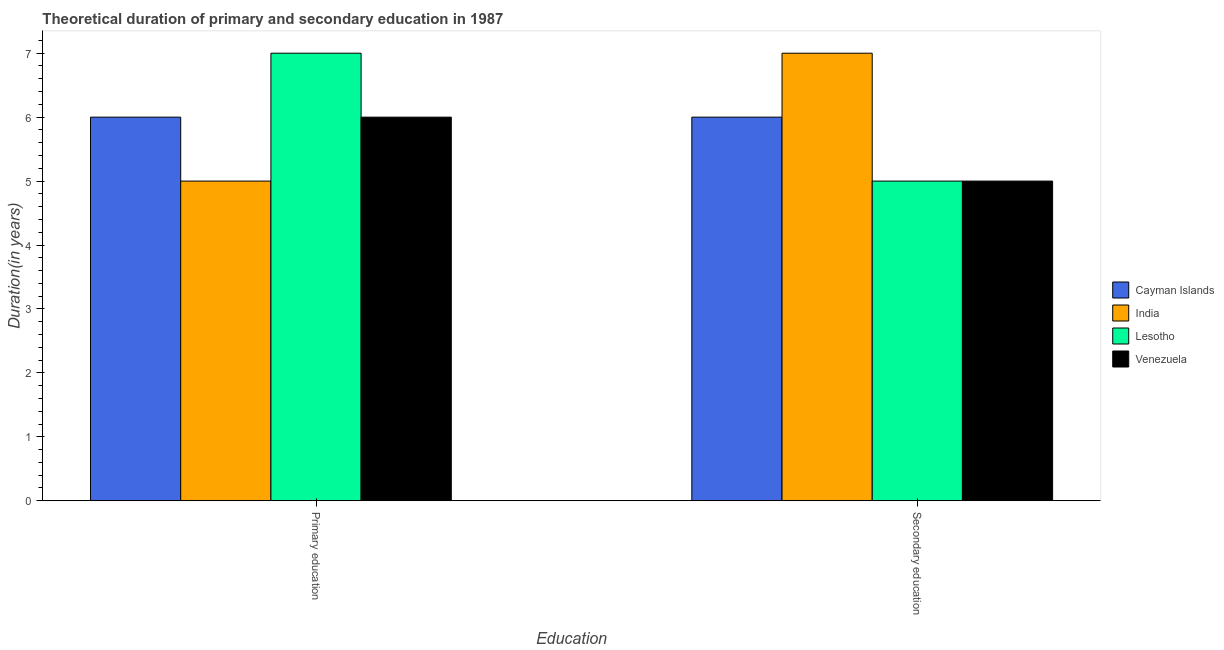
| Education | Cayman Islands | India | Lesotho | Venezuela |
 | --- | --- | --- | --- | --- |
 | Primary education | 6 | 5 | 7 | 6 |
 | Secondary education | 6 | 7 | 5 | 5 |